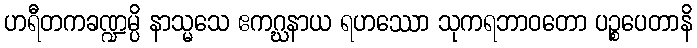
ဟရီတကခဏ္ဍမ္ပိ နာသ္မသေ ဧကဂ္ဃနာယ ရဟဿော သုကရဘာဝတော ပဉ္စပေတာနိ